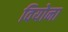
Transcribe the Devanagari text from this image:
वियोना